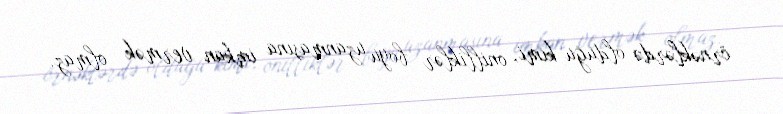
örnəklərdə olduğu kimi, onilliklər boyu uzanmasına imkan vermək olmaz.